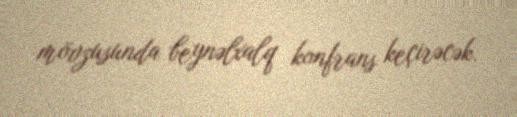
mövzusunda beynəlxalq konfrans keçirəcək.